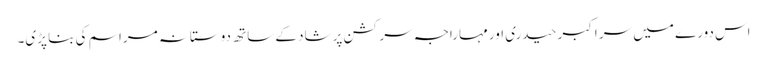
اس دورے میں سر اکبر حیدری اور مہاراجہ سر کشن پرشاد کے ساتھ دوستانہ مراسم کی بنا پڑی۔